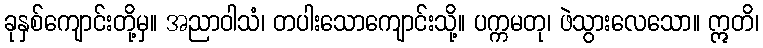
ခုနှစ်ကျောင်းတို့မှ။ အညာဝါသံ၊ တပါးသောကျောင်းသို့။ ပက္ကမတု၊ ဖဲသွားလေသော။ ဣတိ၊